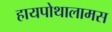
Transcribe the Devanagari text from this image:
हायपोथालामस